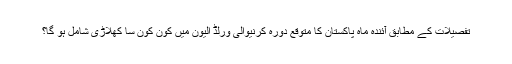
تفصیلات کے مطابق آئندہ ماہ پاکستان کا متوقع دورہ کرنیوالی ورلڈ الیون میں کون کون سا کھلاڑی شامل ہو گا؟